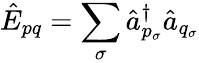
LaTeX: \hat{E}_{pq}=\sum_{\sigma}\hat{a}_{p_{\sigma}}^{\dagger}\hat{a}_{q_{\sigma}}